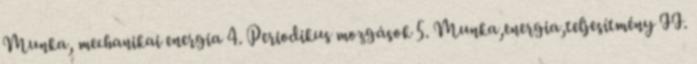
Munka, mechanikai energia 4. Periodikus mozgások 5. Munka,energia,teljesítmény II.